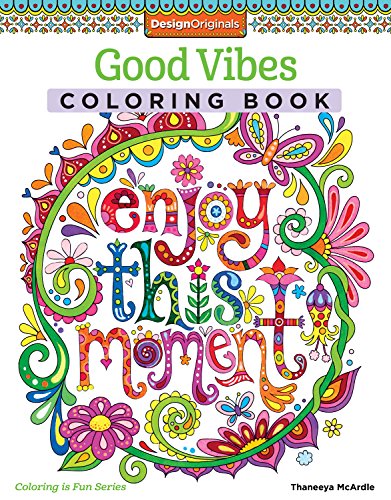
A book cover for Good Vibes Coloring Book (Coloring Activity Book); Thaneeya McArdle; Humor & Entertainment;